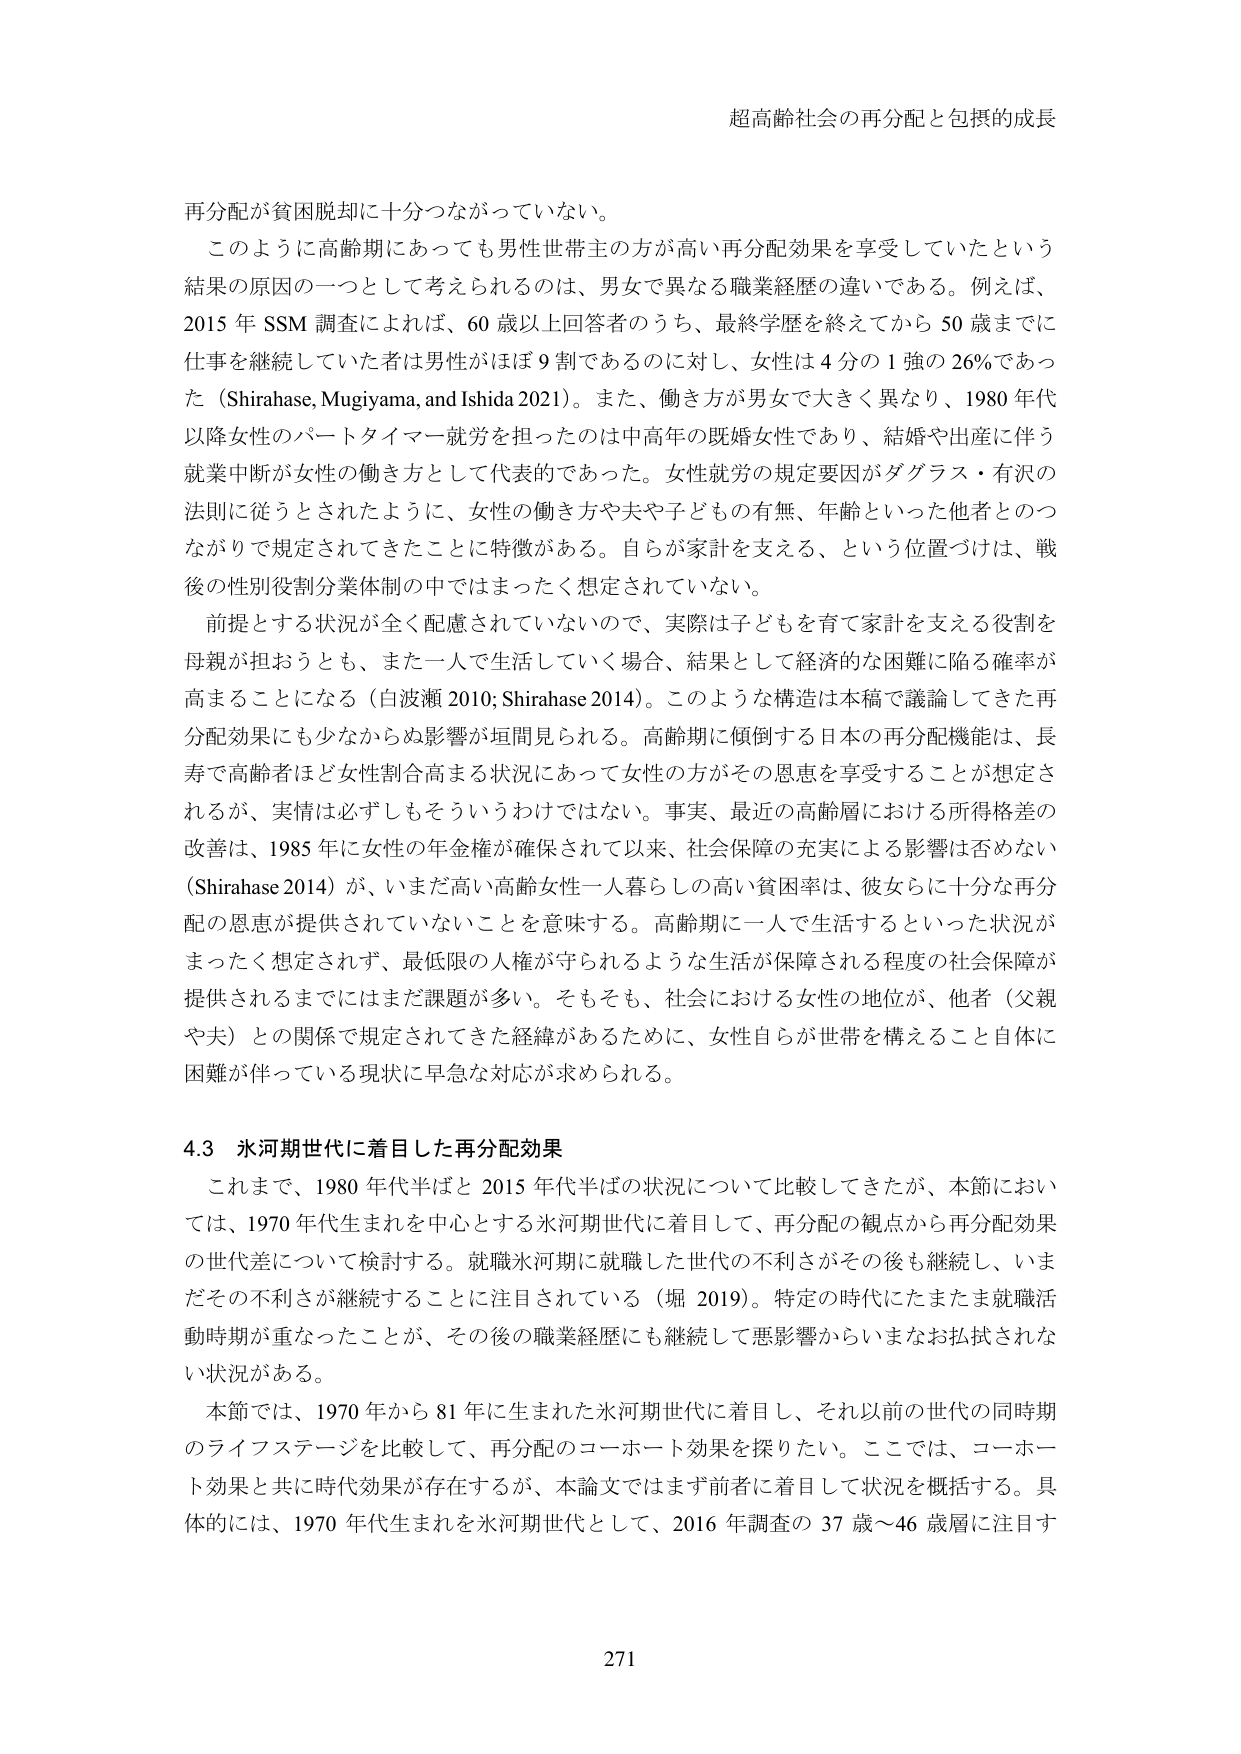
超高齢社会の再分配と包摂的成長

再分配が貧困脱却に十分つながっていない。

このように高齢期にあっても男性世帯主の方が高い再分配効果を享受していたという結果の原因の一つとして考えられるのは、男女で異なる職業経歴の違いである。例えば、2015年SSM調査によれば、60歳以上回答者のうち、最終学歴を終えてから50歳までに仕事を継続していた者は男性がほぼ9割であるのに対し、女性は4分の1強の26％であった（Shirahase, Mugiyma, and Ishida 2021）。また、働き方が男女で大きく異なり、1980年代以降女性のパートタイマー就労を担ったのは中高年の既婚女性であり、結婚や出産に伴う就業中断が女性の働き方として代表的であった。女性就労の規定要因がダグラス・有沢の法則に従うとされたように、女性の働き方や夫や子どもの有無、年齢といった他者とのつながりで規定されてきたことに特徴がある。自らが家計を支える、という位置づけは、戦後の性別役割分業体制の中ではまったく想定されていない。

前提とする状況が全く配慮されていないので、実際は子どもを育て家計を支える役割を母親が担おうとも、また一人で生活していく場合、結果として経済的な困難に陥る確率が高まることになる（白波瀬 2010; Shirahase 2014）。このような構造は本稿で議論してきた再分配効果にも少なからぬ影響が垣間見られる。高齢期に傾倒する日本の再分配機能は、長寿で高齢者ほど女性割合高まる状況にあって女性の方がその恩恵を享受することが想定されるが、実情は必ずしもそういうわけではない。事実、最近の高齢層における所得格差の改善は、1985年に女性の年金権が確保されて以来、社会保障の充実による影響は否めない（Shirahase 2014）が、いまだ高い高齢女性一人暮らしの高い貧困率は、彼女らに十分な再分配の恩恵が提供されていないことを意味する。高齢期に一人で生活するといった状況がまったく想定されず、最低限の人権が守られるような生活が保障される程度の社会保障が提供されるまでにはまだ課題が多い。そもそも、社会における女性の地位が、他者（父親や夫）との関係で規定されてきた経緯があるために、女性自らが世帯を構えること自体に困難が伴っている現状に早急な対応が求められる。

4.3 水河期世代に着目した再分配効果

これまで、1980年代半ばと2015年代半ばの状況について比較してきたが、本節においては、1970年代生まれを中心とする水河期世代に着目して、再分配の観点から再分配効果の世代差について検討する。就職氷河期に就職した世代の不利さがその後も継続し、いまだその不利さが継続することに注目されている（堀 2019）。特定の時代にたまたま就職活動時期が重なったことが、その後の職業経歴にも継続して悪影響からいまだお払拭されない状況がある。

本節では、1970年から81年に生まれた水河期世代に着目し、それ以前の世代の同時期のライフステージを比較して、再分配のコーホート効果を探りたい。ここでは、コーホート効果と共に時代効果が存在するが、本論文ではまず前者に着目して状況を概括する。具体的には、1970年代生まれを水河期世代として、2016年調査の37歳～46歳層に注目す

271